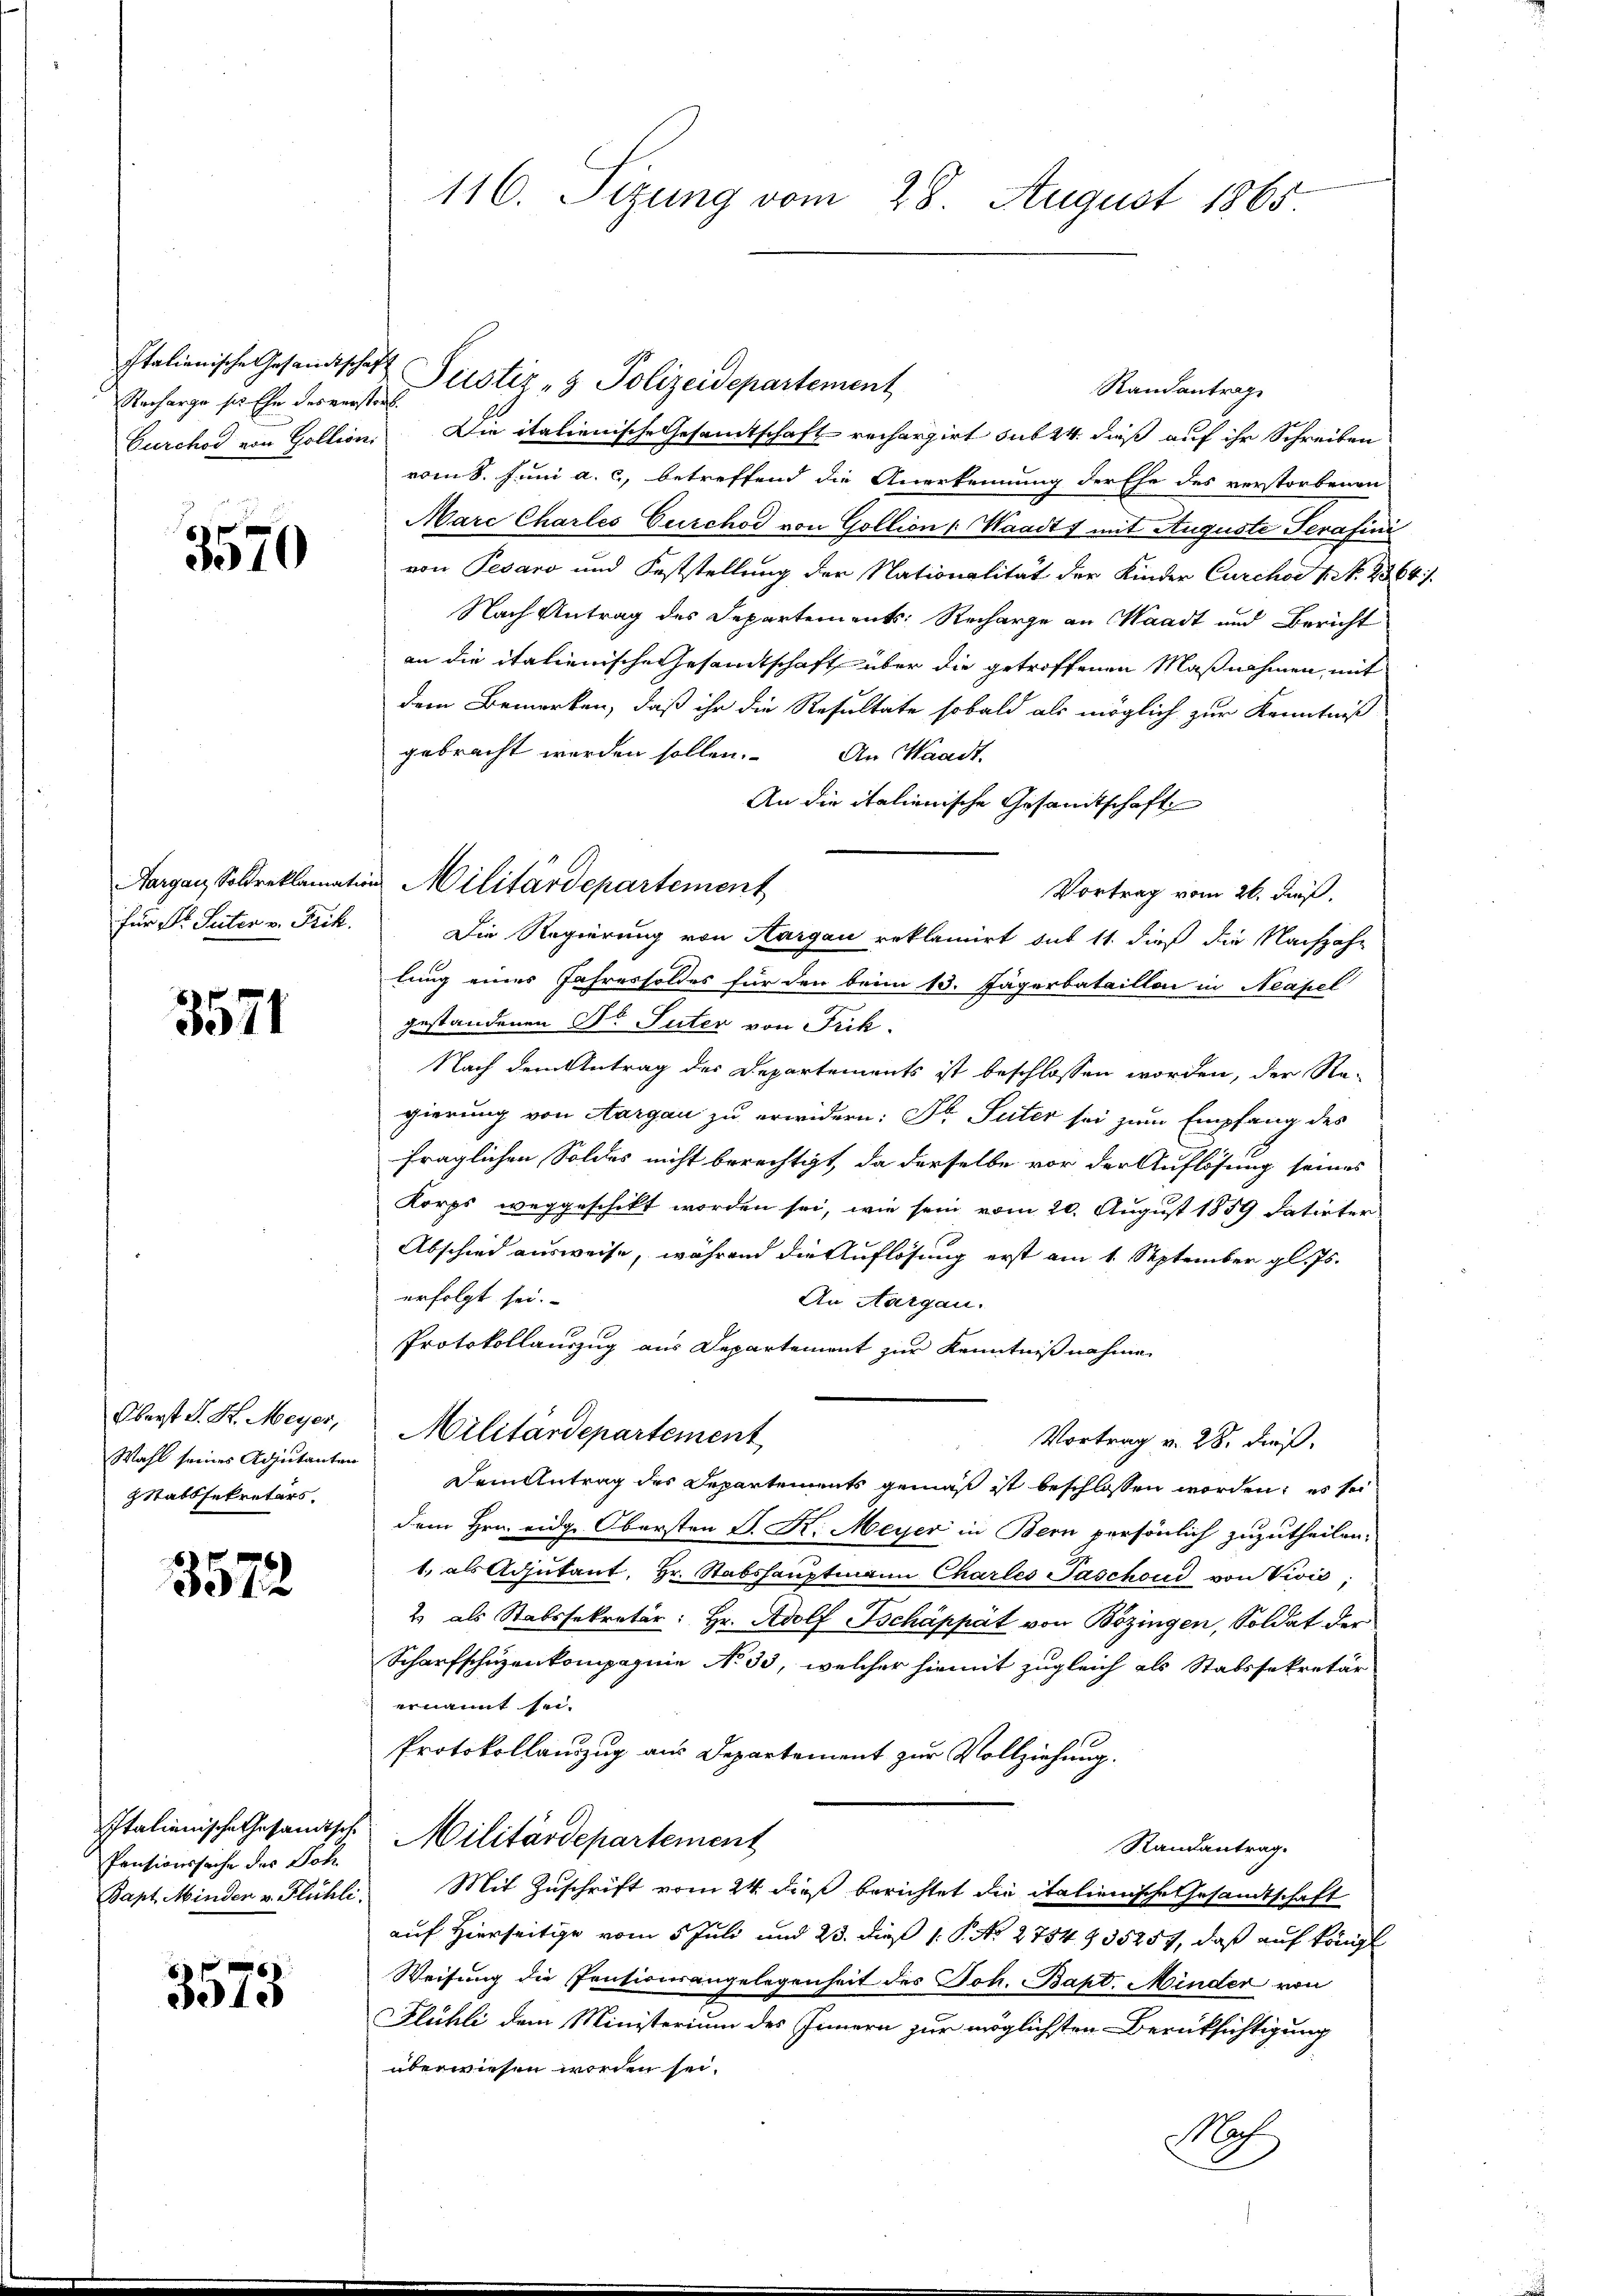
Italienische Gesandtschaft
Racharge sie Ehe des verstorf.

3570

3571

Oberst L. St. Meyer,
Wahl seines Adjutanten
ZStatssekretärs.

3572

Pensionssache des Joh.
Bapt. Minden v. Flühli

3573

116. Sizung vom 28. August 1865.

Justiz- & Polizeidepartement
Randantrage
Curchod von Goltion. Die italienische Gesamtschaft rechargirt sub 24. dieß auf ihr Schreiben
vom 8. Juni a. c., betreffend die Anerkennung der Ehe des verstorbenen
Marc Charles Curchod von Gollion (Waadt 1 mit Auguste Serafini
von Pesaro und Feststellung der Nationalität der Kinder Curchor N. N. 2364).
Nach Antrag des Departements-Recharge an Waadt und Bericht
an die italienische Gesandtschaft über die getroffenen Maßnahmen, mit
dem Bemerken, daß ihr die Resultate sobald als möglich zur Kenntniß
gebracht werden sollen.
An Waadt.
An die italienische Gesandtschaft
Vortrag vom 26. dieß.
für Dr. Suter v. Frik. Die Regierung von Aargau reklamirt sub 11. dieß die Nachzahlung einer Jahressoldes für den beim 13. Jägerbataillon in Neapel
gestandenen Dr Suter von Frik.
Nach dem Antrag des Departements ist beschlossen worden, der Re-
gierung von Aargau zu erwidern: Dr Suter sei zum Empfang des
fraglichen Soldes nicht berechtigt, da derselbe vor der Auflösung seines
Korps weggeschickt worden sei, wie sein vom 20. August 1859 datirter
Abschied ausweise, während die Auflösung erst am 1. September gl. Js.
erfolgt sei.
An Aargau.
Protokollauszug aus Departement zur Kenntnißnahme
Militärdepartement
Vortrag v. 28. dieß.
Dem Antrag des Departements gemäß ist beschlossen worden, es sei
dem Hrn. eidg. Obersten S. R. Meyer in Bern persönlich zuzutheilen.
1. als Adjutant, Hr. Stabshauptmann Charles Paschoud von Zivić,
2 als Stabssekretär: Hr. Adolf Tschäppät von Bözingen, Soldat der
Scharfschüzenkompagnie No 33, welcher hiemit zugleich als Statssekretär
ernannt sei.
Protokollauszug aus Departement zur Vollziehung.
Italienische Gesamtsch. Militärdepartement
Randantrag.
Mit Zuschrift vom 24. dieß berichtet die italienische Gesandtschaft
auf Hierseitige vom 5 Juli und 23. dieß 1. P. No 2754 § 35257, daß auf königl
Weisung die Pentionsangelegenheit des Joh. Bapt. Minder von
Flühli dem Ministerium des Innern zur möglichsten Berüksichtigung
überwiesen worden sei.
Noch

Aargau, Soldreklamation Militärdepartement